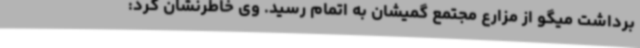
برداشت میگو از مزارع مجتمع گمیشان به اتمام رسید. وی خاطرنشان کرد: